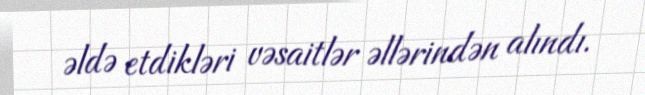
əldə etdikləri vəsaitlər əllərindən alındı.